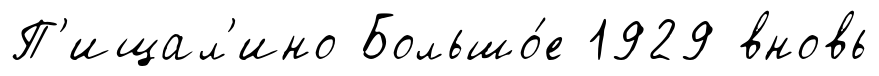
П'ищал'ино Большо́е 1929 вновь